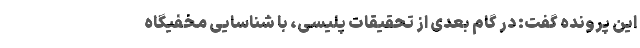
این پرونده گفت: در گام بعدی از تحقیقات پلیسی، با شناسایی مخفیگاه